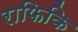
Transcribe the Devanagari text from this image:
राफिकि